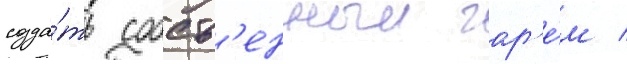
созда́ть собств'енныи гар'е́м /